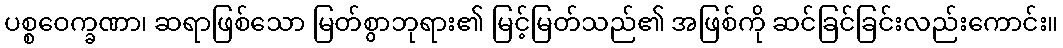
ပစ္စဝေက္ခဏာ၊ ဆရာဖြစ်သော မြတ်စွာဘုရား၏ မြင့်မြတ်သည်၏ အဖြစ်ကို ဆင်ခြင်ခြင်းလည်းကောင်း။